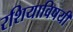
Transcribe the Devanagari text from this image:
रशियाविषयी